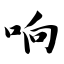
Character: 响